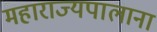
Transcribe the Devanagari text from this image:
महाराज्यपालाना